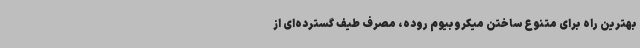
بهترین راه برای متنوع ساختن میکروبیوم روده، مصرف طیف گسترده‌ای از